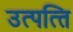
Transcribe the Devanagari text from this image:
उत्‍पत्‍ति